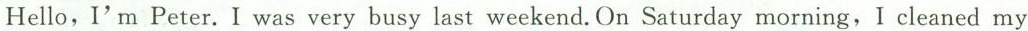
Hello, I'm Peter.I was very busy last weekend.On Saturday morning,I cleaned my